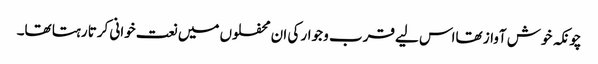
چونکہ خوش آواز تھااس لیے قرب و جوار کی ان محفلوں میں نعت خوانی کرتا رہتا تھا۔